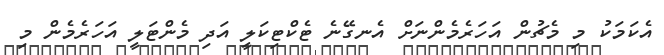
އެކަމަކު މި މެޗުން އަހަރެމެންނަށް އެނގޭނެ ޓެކްޓިކަލީ އަދި މެންޓަލީ އަހަރެމެން މި